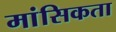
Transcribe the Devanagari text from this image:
मांसिकता